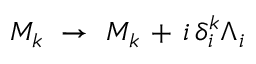
M _ { k } \ \rightarrow \ M _ { k } \, + \, i \, \delta _ { i } ^ { k } \Lambda _ { i }